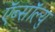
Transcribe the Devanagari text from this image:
ऍब्सॉल्यु